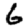
Digit: 6